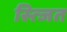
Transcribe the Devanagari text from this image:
स्त्जित